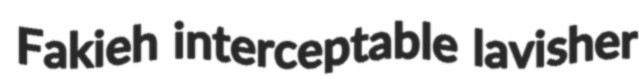
Fakieh interceptable lavisher